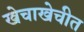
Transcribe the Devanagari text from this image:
खेचाखेचीत